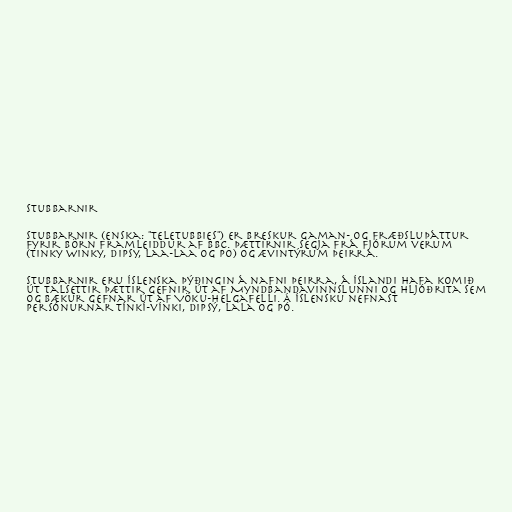
Stubbarnir

Stubbarnir (enska: "Teletubbies") er breskur gaman- og fræðsluþáttur
fyrir börn framleiddur af BBC. Þættirnir segja frá fjórum verum
(Tinky Winky, Dipsy, Laa-Laa og Po) og ævintýrum þeirra.

Stubbarnir eru íslenska þýðingin á nafni þeirra, á Íslandi hafa komið
út talsettir þættir gefnir út af Myndbandavinnslunni og Hljóðrita sem
og bækur gefnar út af Vöku-Helgafelli. Á íslensku nefnast
persónurnar Tínkí-vínki, Dipsý, Lala og Pó.